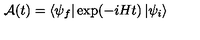
{ \cal { A } } ( t ) = \left\langle \psi _ { f } \right| \exp ( - i H t ) \left| \psi _ { i } \right\rangle